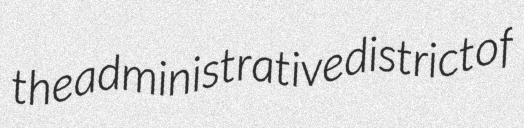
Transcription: the administrative district of